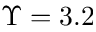
\Upsilon = 3 . 2